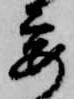
要